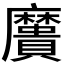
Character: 𪎯